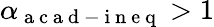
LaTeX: \alpha_{\mathrm{~a~c~a~d~-~i~n~e~q~}}>1